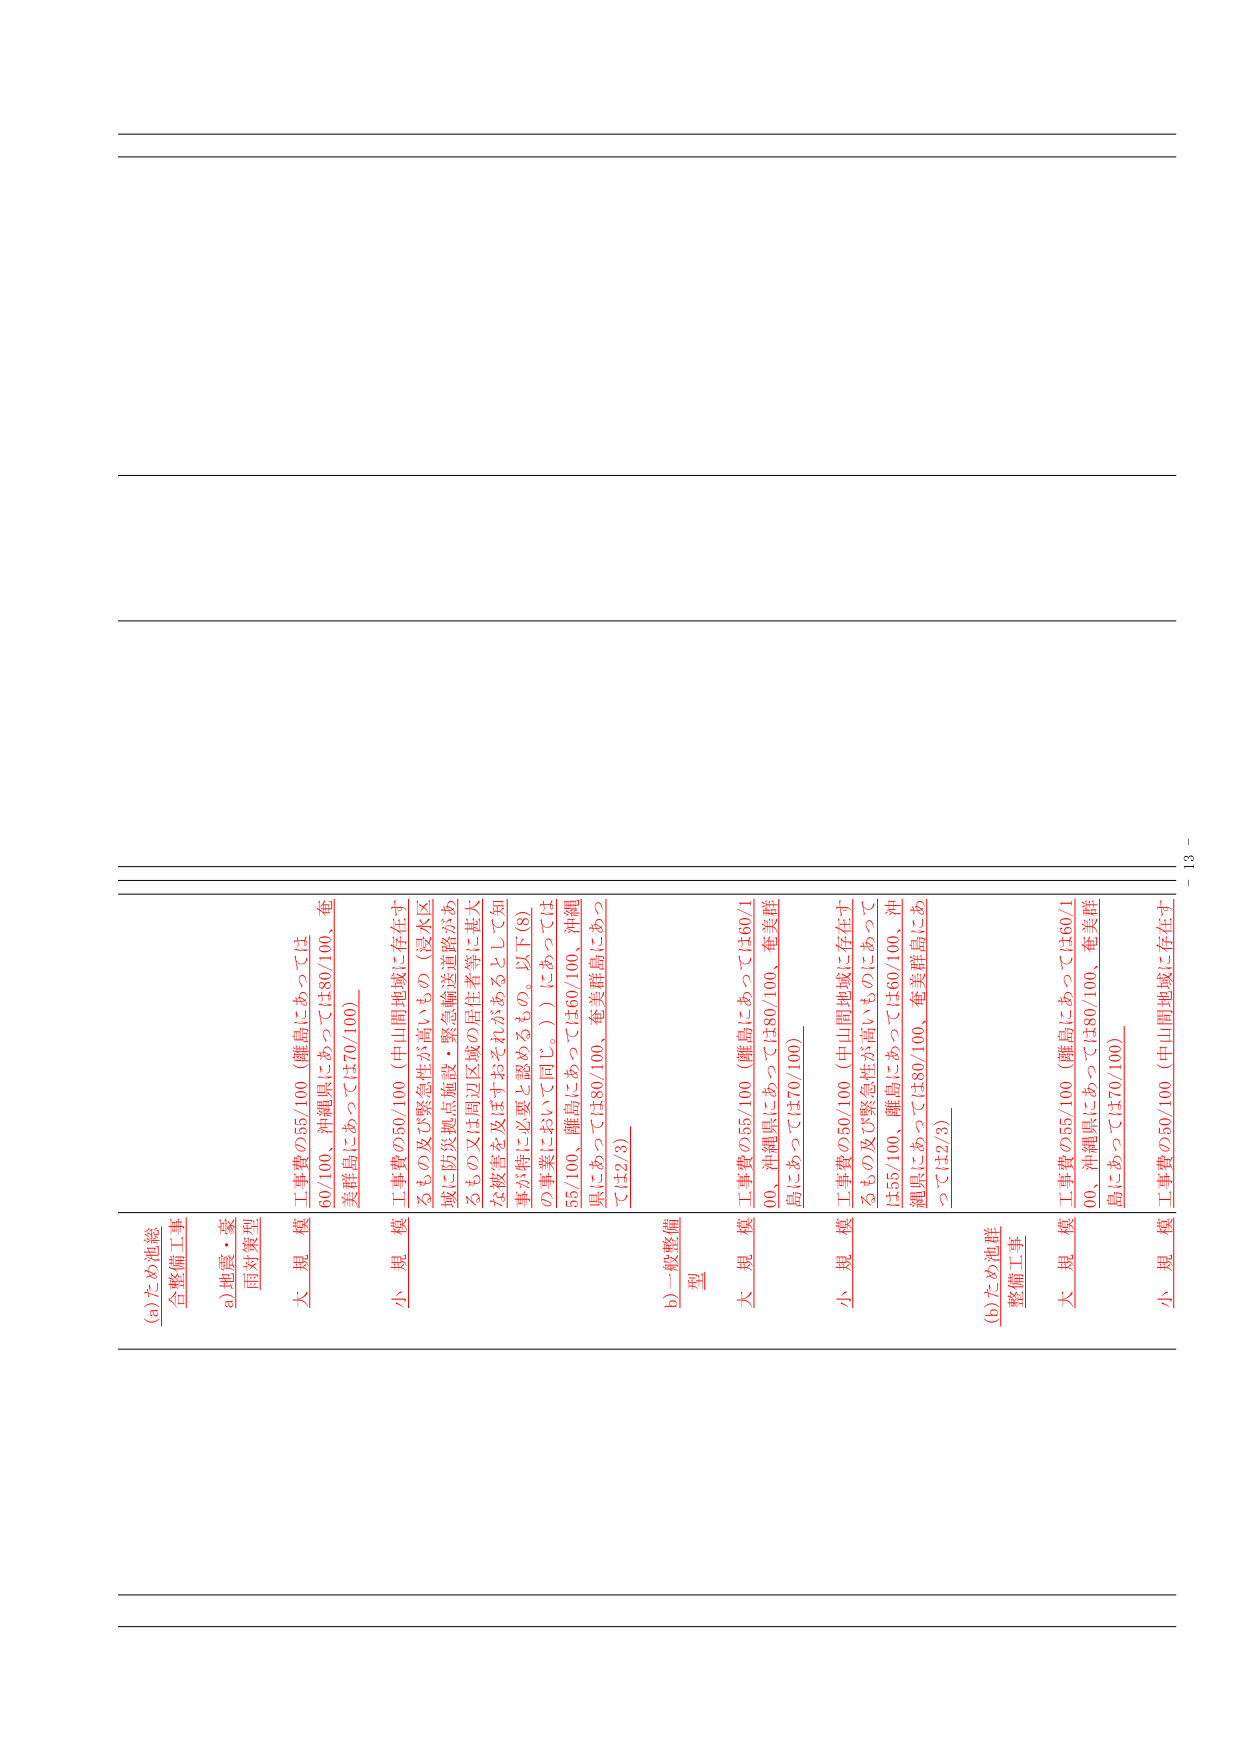
(a) ため池総合整備工事
a) 地震・豪雨対策型
大 規 模 工事費の55/100（離島にあっては60/100、沖縄県にあっては80/100、奄美群島にあっては70/100）
小 規 模 工事費の50/100（中山間地域に存在するもの及び緊急性が高いもの（浸水区域に防災拠点施設・緊急輸送道路があるもの又は周辺区域の居住者等に甚大な被害を及ぼすおそれがあるとして知事が特に必要と認めるもの。以下（8）の事業において同じ。）にあっては55/100、離島にあっては60/100、沖縄県にあっては80/100、奄美群島にあっては2/3）
b) 一般整備型
大 規 模 工事費の55/100（離島にあっては60/100、沖縄県にあっては80/100、奄美群島にあっては70/100）
小 規 模 工事費の50/100（中山間地域に存在するもの及び緊急性が高いものにあっては55/100、離島にあっては60/100、沖縄県にあっては80/100、奄美群島にあっては2/3）
(b) ため池群整備工事
大 規 模 工事費の55/100（離島にあっては60/100、沖縄県にあっては80/100、奄美群島にあっては70/100）
小 規 模 工事費の50/100（中山間地域に存在す
－ 13 －